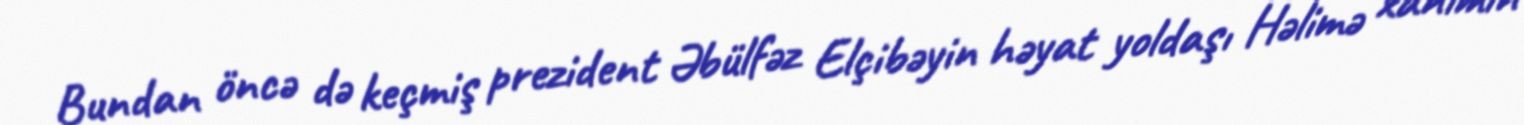
Bundan öncə də keçmiş prezident Əbülfəz Elçibəyin həyat yoldaşı Həlimə xanımın